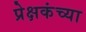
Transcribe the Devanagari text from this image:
प्रेक्षकंच्या